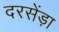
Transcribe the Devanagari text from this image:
दरसेंड़ा